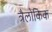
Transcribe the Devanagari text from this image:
त्रैलोकिक